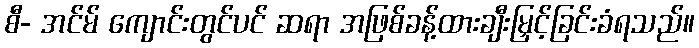
စီ- အင်မ် ကျောင်းတွင်ပင် ဆရာ အဖြစ်ခန့်ထားချီးမြှင့်ခြင်းခံရသည်။